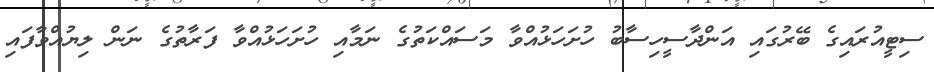
ސިޓީއުރައިގެ ބޭރުގައި އަންދާސީހިސާބު ހުށަހަޅުއްވާ މަސައްކަތުގެ ނަމާއި ހުށަހަޅުއްވާ ފަރާތުގެ ނަން ލިޔުއްވާފައި